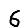
Digit: 6